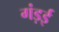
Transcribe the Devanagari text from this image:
गंड़ई